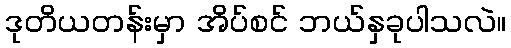
ဒုတိယတန်းမှာ အိပ်စင် ဘယ်နှခုပါသလဲ။